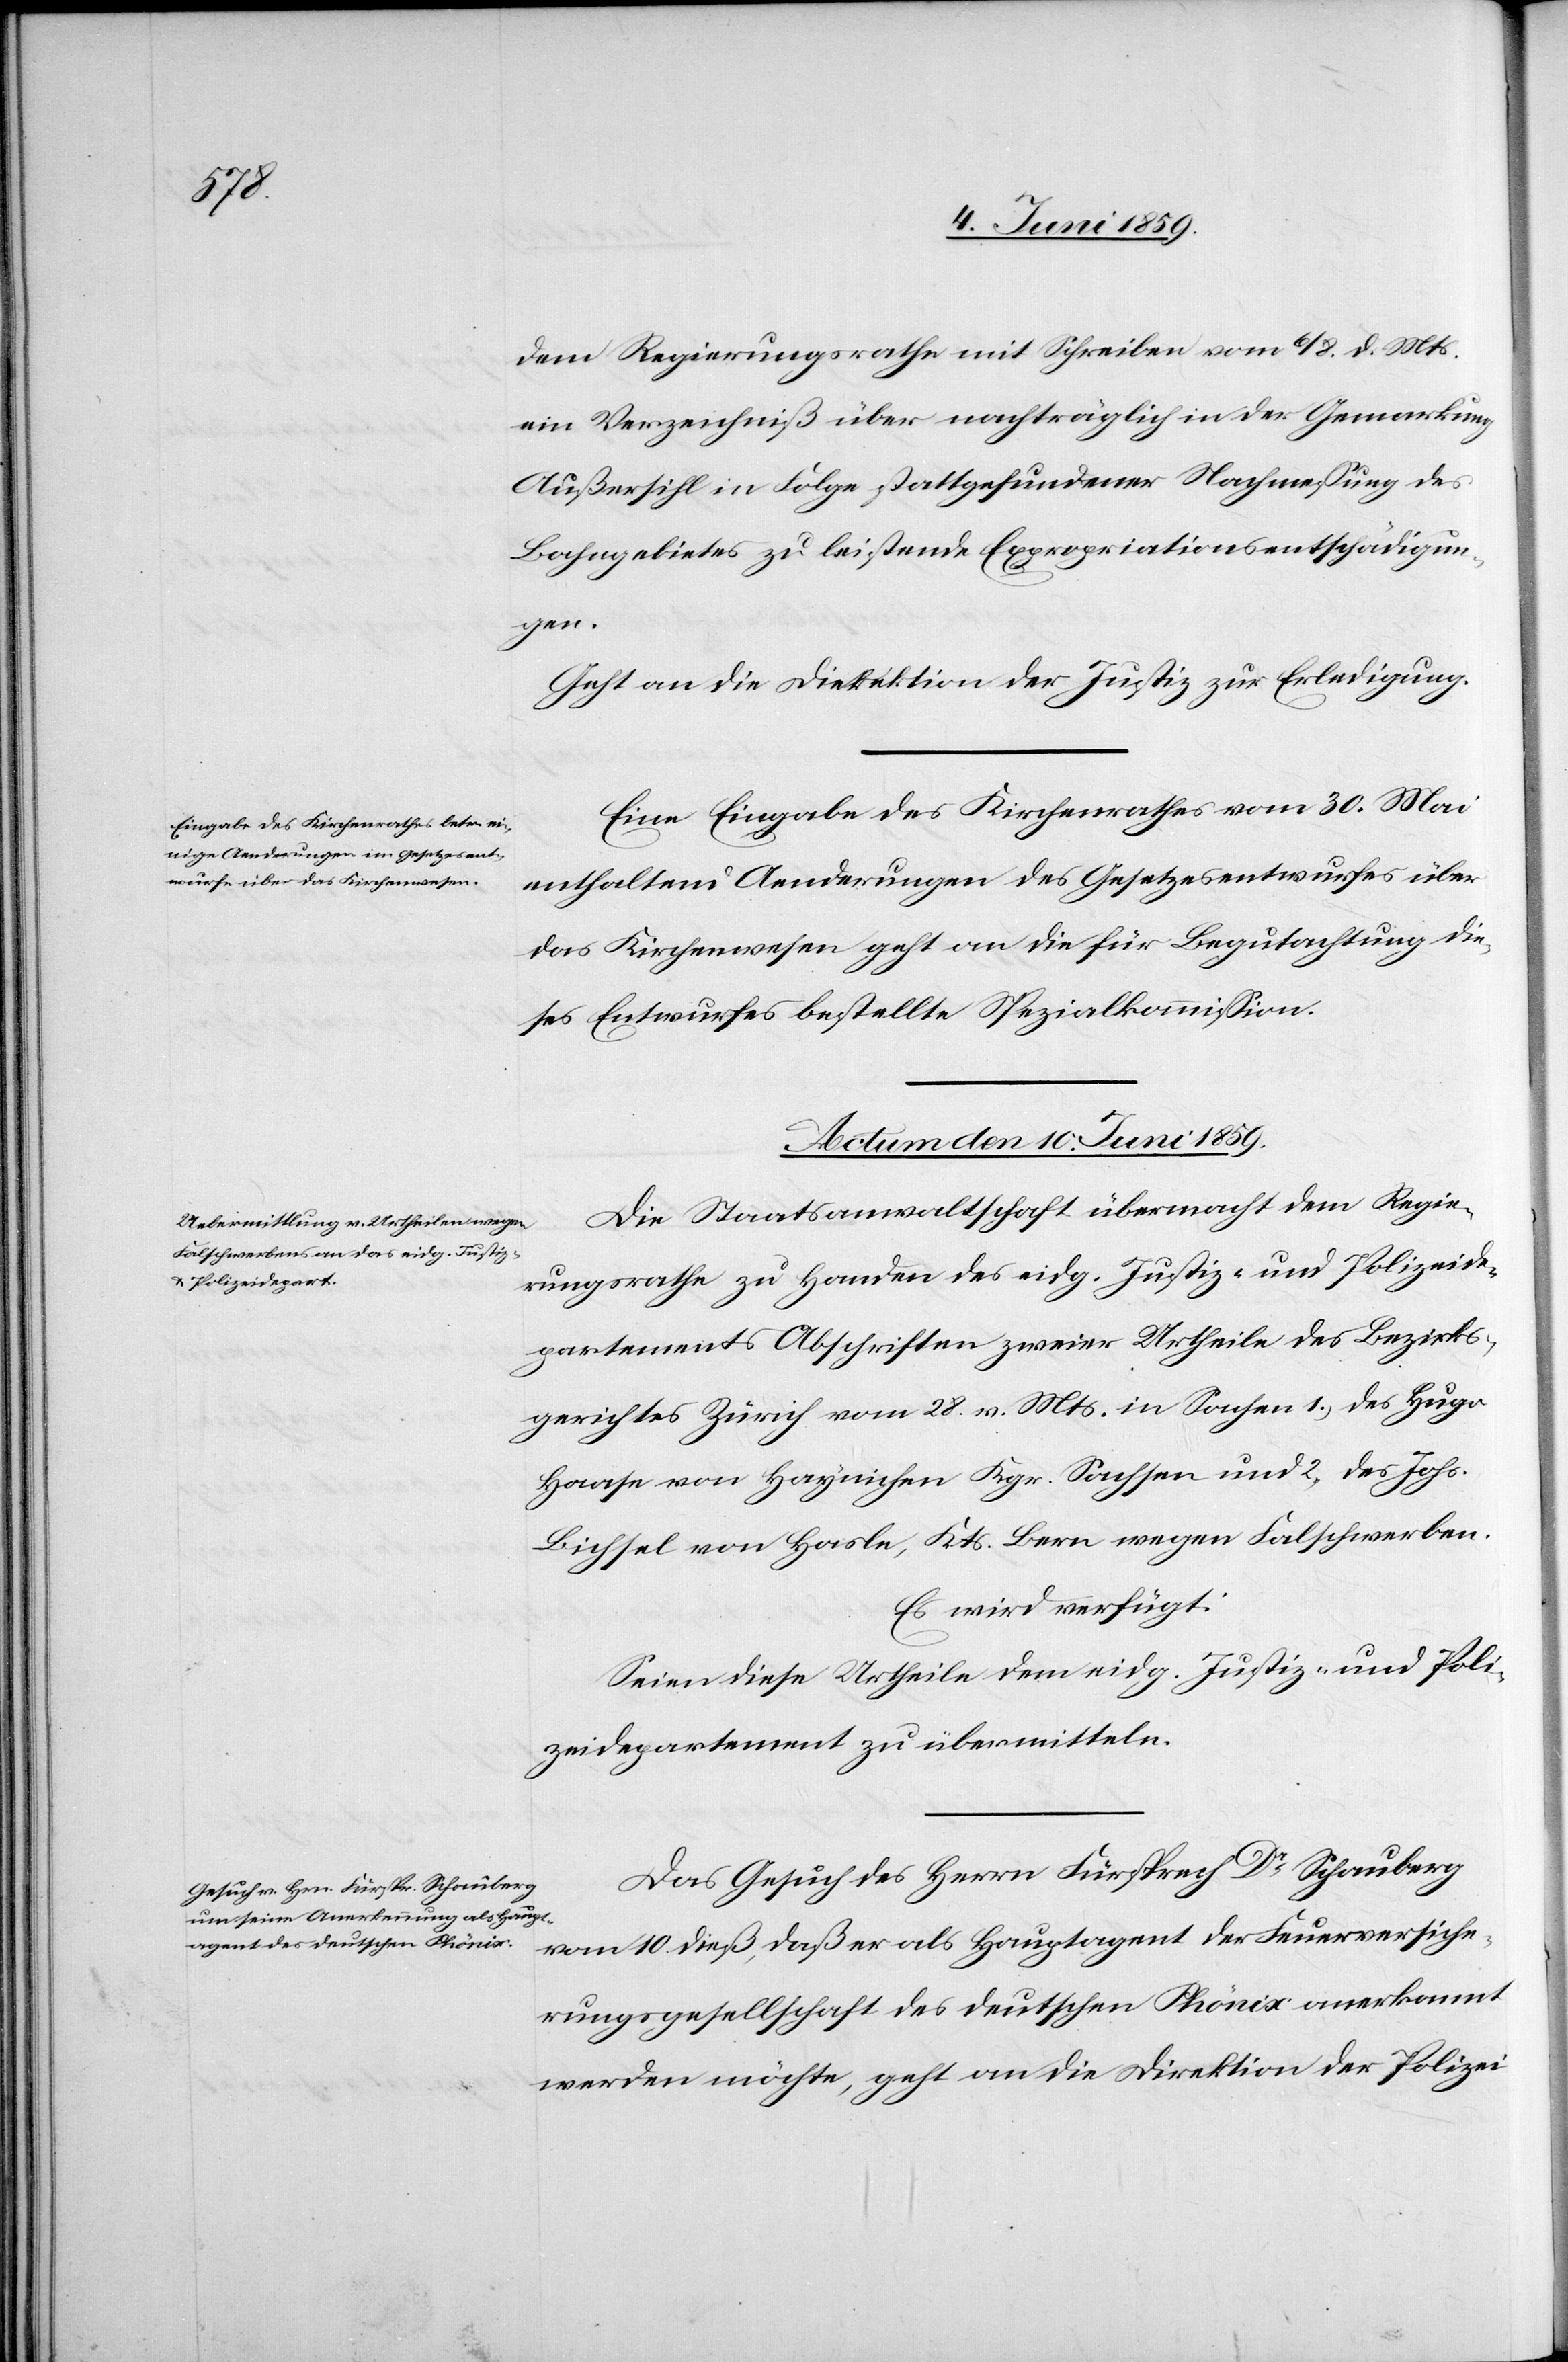
dem Regierungsrathe mit Schreiben vom 6/8. d. Mts.
ein Verzeichniß über nachträglich in der Gemarkung
Außersihl in Folge stattgefundener Nachmessung des
Bahngebietes zu leistende Expropriationsentschädigun¬
gen.
Geht an die Direktion der Justiz zur Erledigung.
Eine Eingabe des Kirchenrathes vom 30. Mai
enthaltend Aenderungen des Gesetzesentwurfes über
das Kirchenwesen geht an die für Begutachtung die¬
ses Entwurfes bestellte Spezialkommission.
Actum den 10. Juni 1859.]
Die Staatsanwaltschaft übermacht dem Regie¬
rungsrathe zu Handen des eidg. Justiz- und Polizeide¬
partements Abschriften zweier Urtheile des Bezirks¬
gerichtes Zürich vom 28. v. Mts. in Sachen 1) des Hugo
Haase von Haynichen Kgr. Sachsen und 2) des Johs.
Bichsel von Hasle, Kts. Bern wegen Falschwerben.
Es wird verfügt:
Seien diese Urtheile dem eidg. Justiz- und Poli¬
zeidepartement zu übermitteln.
Das Gesuch des Herrn Fürsprech Dr Schauberg
vom 10 dieß, daß er als Hauptagent der Feuerversiche¬
rungsgesellschaft des deutschen Phönix anerkannt
werden möchte, geht an die Direktion der Polizei